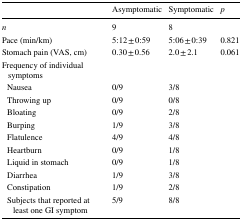
<table><thead><tr><td></td><td><b>Asymptomatic</b></td><td><b>Symptomatic</b></td><td><b><i>p</i></b></td></tr></thead><tbody><tr><td><i>n</i></td><td>9</td><td>8</td><td></td></tr><tr><td>Pace (min/km)</td><td>5:12 ± 0:59</td><td>5:06 ± 0:39</td><td>0.821</td></tr><tr><td>Stomach pain (VAS, cm)</td><td>0.30 ± 0.56</td><td>2.0 ± 2.1</td><td>0.061</td></tr><tr><td>Frequency of individual symptoms</td><td></td><td></td><td></td></tr><tr><td> Nausea</td><td>0/9</td><td>3/8</td><td></td></tr><tr><td> Throwing up</td><td>0/9</td><td>0/8</td><td></td></tr><tr><td> Bloating</td><td>0/9</td><td>2/8</td><td></td></tr><tr><td> Burping</td><td>1/9</td><td>3/8</td><td></td></tr><tr><td> Flatulence</td><td>4/9</td><td>4/8</td><td></td></tr><tr><td> Heartburn</td><td>0/9</td><td>1/8</td><td></td></tr><tr><td> Liquid in stomach</td><td>0/9</td><td>1/8</td><td></td></tr><tr><td> Diarrhea</td><td>1/9</td><td>3/8</td><td></td></tr><tr><td> Constipation</td><td>1/9</td><td>2/8</td><td></td></tr><tr><td> Subjects that reported at least one GI symptom</td><td>5/9</td><td>8/8</td><td></td></tr></tbody></table>